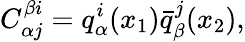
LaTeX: C_{\alpha j}^{\beta i}=q_{\alpha}^{i}(x_{1})\bar{q}_{\beta}^{j}(x_{2}),